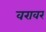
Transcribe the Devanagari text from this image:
वरावर